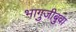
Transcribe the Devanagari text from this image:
भागुजीबुवा